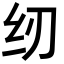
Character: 纫